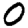
Digit: 0